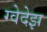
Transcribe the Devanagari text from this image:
ग्वेदेझ